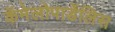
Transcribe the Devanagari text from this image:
कॅमेलोपार्डेलिस